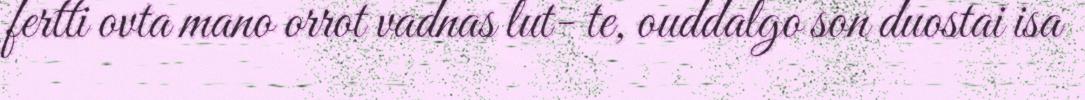
fertti ovta mano orrot vadnas lut- te, ouddalgo son duostai isa